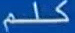
كلم